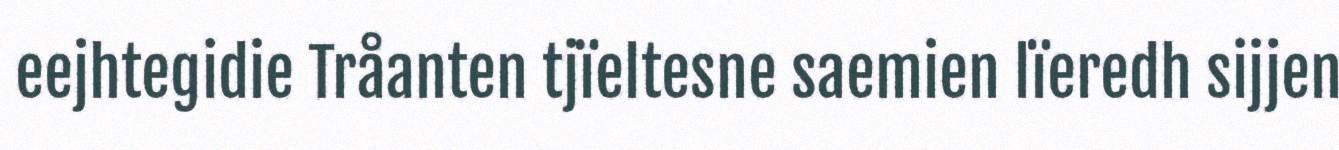
eejhtegidie Tråanten tjïeltesne saemien lïeredh sijjen